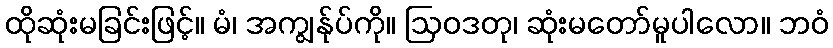
ထိုဆုံးမခြင်းဖြင့်။ မံ၊ အကျွန်ုပ်ကို။ ဩဝဒတု၊ ဆုံးမတော်မူပါလော။ ဘဝံ